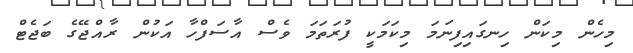
މިހެން މިކަން ހިނގައިފިނަމަ މިކަމަކީ ފުރަތަމަ ވެސް އާސަފްހާ އަކުން ރާއްޖޭގެ ބަޖެޓް